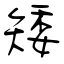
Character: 矮